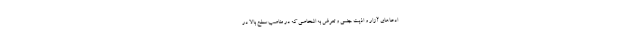
ادعاهای آزار و اذیت جنسی و تعرض به اشخاصی که در مناصب سطح بالا در